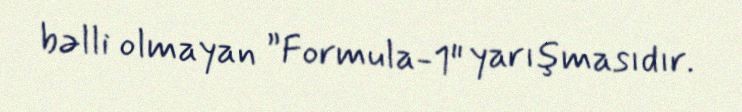
bəlli olmayan ”Formula-1" yarışmasıdır.